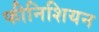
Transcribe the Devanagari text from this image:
फीनिशियन